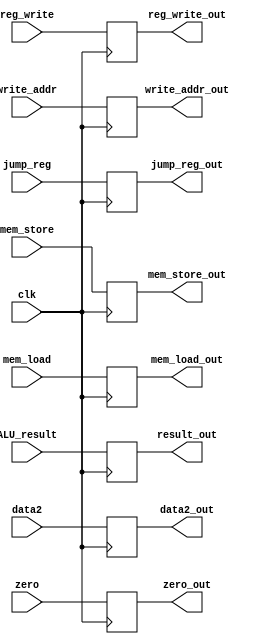
module ALU_pipeline(

	input clk,
	
	input reg_write,
	input jump_reg,
	input mem_load,
	
	input zero,
	input [31:0] ALU_result,
	input [31:0] data2,
	input [4:0] write_addr,
	
	input mem_store,
	
	output reg reg_write_out,
	output reg jump_reg_out,
	output reg mem_load_out,
	
	output reg zero_out,
	output reg [31:0] result_out,
	output reg [31:0]data2_out,
	output reg [4:0] write_addr_out,
	
	output reg mem_store_out
);

always @(posedge clk) begin
	mem_load_out <= mem_load;
	zero_out <= zero;
	result_out <= ALU_result;
	data2_out <= data2;
	write_addr_out <= write_addr;
	reg_write_out <= reg_write;
	jump_reg_out <= jump_reg;
	mem_store_out <= mem_store;
end

endmodule